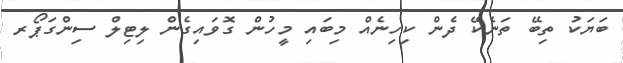
ބަޔަކު ތިބޭ ތަނެކޭ ދެން ކިހިނެއް މިބައި މީހުން ގޮވައިގެން ލިޓިލް ސިންގަޕޯރ